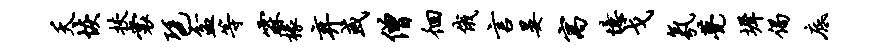
夭恢挟裳琶盆等霖椽弃或僧徊俄言晏寓忆戈氛甍墀偈底